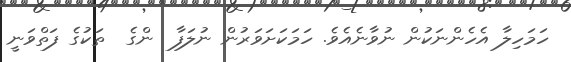
ހަމަހިލާ އެހެންނަކުން ނުވާނެއެވެ. ހަމަކަށަވަރުން ނުލަފާ  ންގެ  ތަކުގެ ފަތްވަނީ